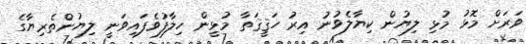
ވަރަށް މޮޅު މުޅި ލިޔުން ކިޔާލެވުނު އިރު ހަޤީޤަތާ މުޅީން ހިލާފުވެފައިވަނީ ލިޔުންތެރިޔާގެ